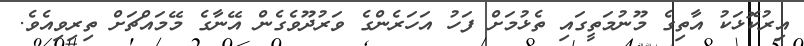
އިރުކޮޅަކު އާތިގެ މޫނުމަތީގައި ތެޅުމަށް ފަހު އަހަރެންގެ ވަރުދޫވެގެން އޭނާގެ މޭމައްޗަށް ތިރިވިއެވެ.